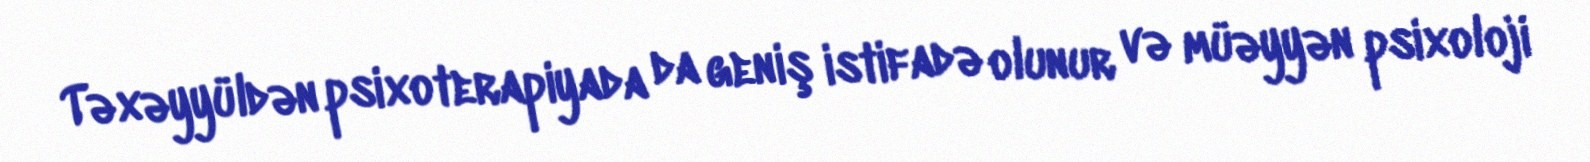
Təxəyyüldən psixoterapiyada da geniş istifadə olunur və müəyyən psixoloji